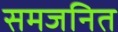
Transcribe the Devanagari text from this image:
समजनित